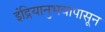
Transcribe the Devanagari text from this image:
इंद्रियानुभवापासून